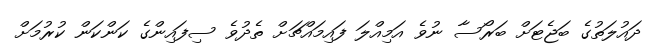
ދައުލަތުގެ ބަޖެޓަށް ބަރޯސާ ނުވެ އަމިއްލަ ފައިމައްޗަށް ތެދުވެ ސިފައިންގެ ކަންކަން ކުރުމަށް